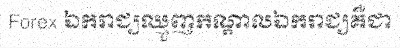
Forex ឯករាជ្យឈ្មួញកណ្តាលឯករាជ្យគឺជា